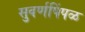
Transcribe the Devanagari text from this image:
सुवर्णपिंपळ